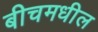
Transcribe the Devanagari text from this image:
बीचमधील